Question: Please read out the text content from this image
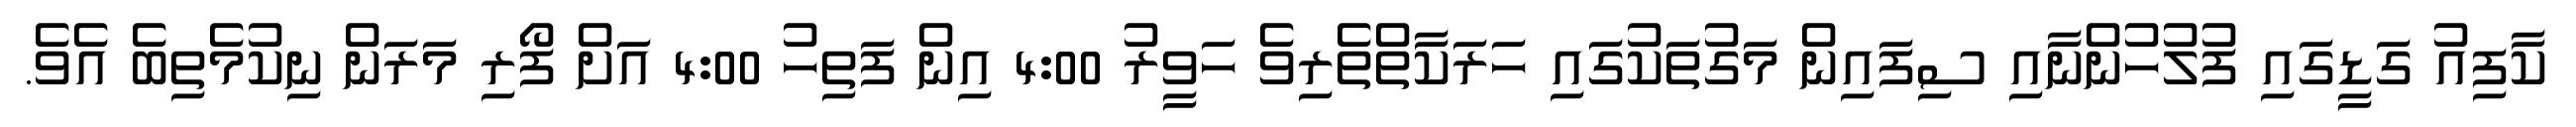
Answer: ކާފިއު ގަޑީގައި ފުލުހުންނާއި ސިފައިން މަގުތަކުގައި ހަރަކާތްތެރިވެ ހަވީރު 4:00 އިން ފަތިހު 4:00 އަށް ފޯރި މަރަން ނިކުމެތިބެ އެވެ.